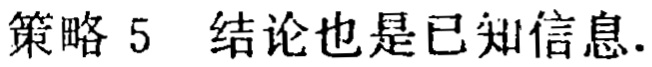
策略 5 结论也是已知信息.